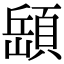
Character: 𩓥